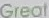
Great